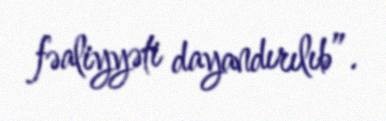
fəaliyyəti dayandırılıb”.